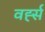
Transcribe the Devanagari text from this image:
वर्ह्स